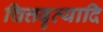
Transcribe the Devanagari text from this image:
चित्तवृत्यादि